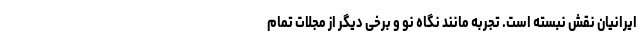
ایرانیان نقش نبسته است. تجربه مانند نگاه نو و برخی دیگر از مجلات تمام